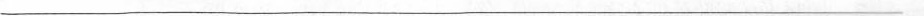
___